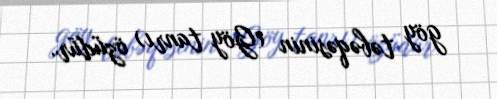
göy təbəqəsinin (Göy tanrı) özüdür.